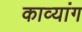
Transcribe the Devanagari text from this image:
काव्यांग